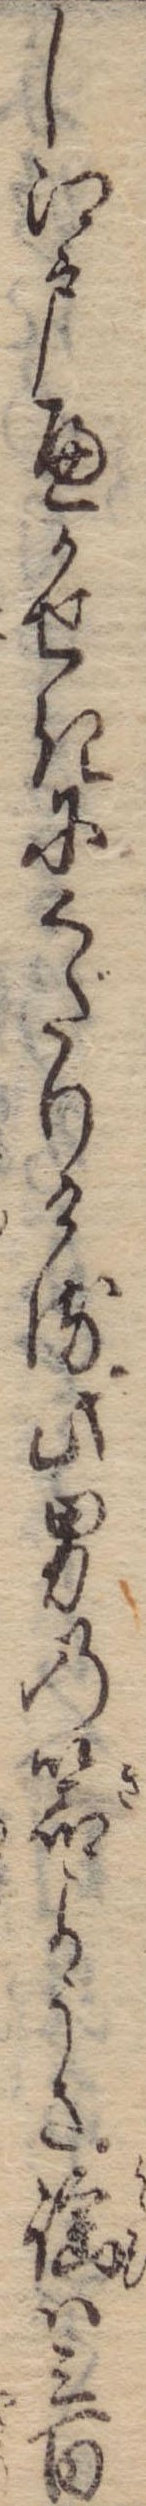
し江戸へかせきにくだりける此男の器ようさ謡は三百